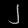
Digit: ၂